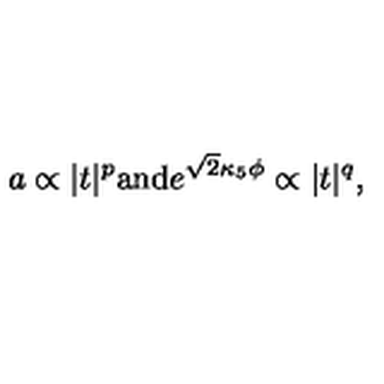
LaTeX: a \propto | t | ^ { p } \mathrm { a n d } e ^ { \sqrt { 2 } \kappa _ { 5 } \phi } \propto | t | ^ { q } ,